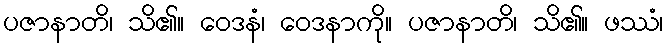
ပဇာနာတိ၊ သိ၏။ ဝေဒနံ၊ ဝေဒနာကို။ ပဇာနာတိ၊ သိ၏။ ဖဿံ၊